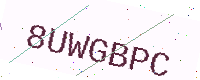
Text: 8UWGBPC